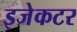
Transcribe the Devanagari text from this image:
इजेकटर